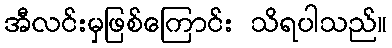
အီလင်းမှဖြစ်ကြောင်း သိရပါသည်။